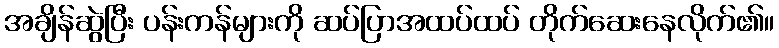
အချိန်ဆွဲပြီး ပန်းကန်များကို ဆပ်ပြာအထပ်ထပ် တိုက်ဆေးနေလိုက်၏။